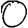
Digit: 0